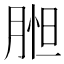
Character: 𦝇